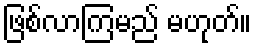
ဖြစ်လာကြမည် မဟုတ်။